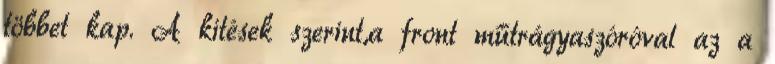
többet kap. A kitések szerint,a front műtrágyaszóróval az a